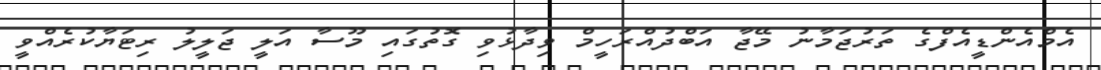
އެމްއެންޑީއެފްގެ ތަރުޖަމާނު މޭޖާ އަބްދުއްރަހީމް ވިދާޅުވި ގޮތުގައި މޫސާ އަލީ ޖަލީލު ރިޓަޔާކުރެއްވީ